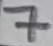
Text: 7